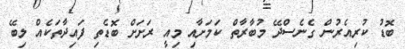
ބޮޑު ކުރިއެރުން ގެނެސްދޭ މުބާރާތް ކަމަށާއި މިއީ ރަށަށް ބޮޑެތި ފައިދާތަކެއް ލިބޭ